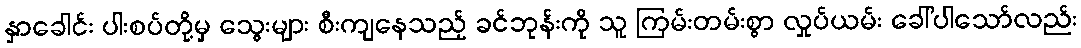
နှာခေါင်း ပါးစပ်တို့မှ သွေးများ စီးကျနေသည့် ခင်ဘုန်းကို သူ ကြမ်းတမ်းစွာ လှုပ်ယမ်း ခေါ်ပါသော်လည်း